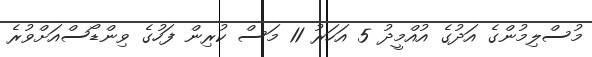
މުސްލިމުންގެ އަދުގެ އުއްމީދު 5 އަހަރު 11 މަސް ކުރިން ފަހުގެ ވިންޑޯސްއަށްވުރެ